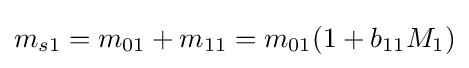
m_{s1}=m_{01}+m_{11}=m_{01}(1+b_{11}M_{1})